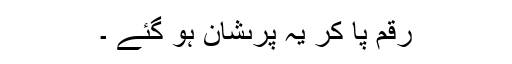
رَقم پا کر یہ پرىشان ہو گئے ۔